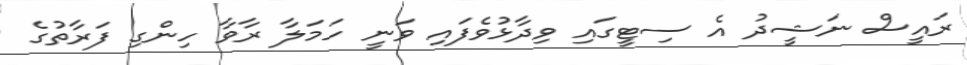
ރައީސް ނަޝީދު އެ ސިޓީގައި ވިދާޅުވެފައި ވަނީ ހަމަލާ ރާވާ ހިންގި ފަަރާތުގެ